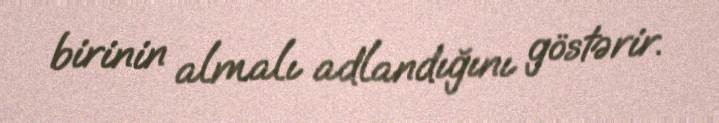
birinin almalı adlandığını göstərir.